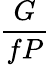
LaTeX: \frac{G}{fP}